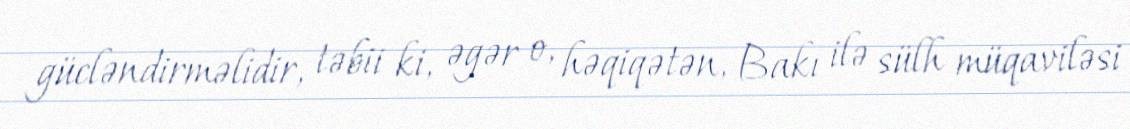
gücləndirməlidir, təbii ki, əgər o, həqiqətən, Bakı ilə sülh müqaviləsi